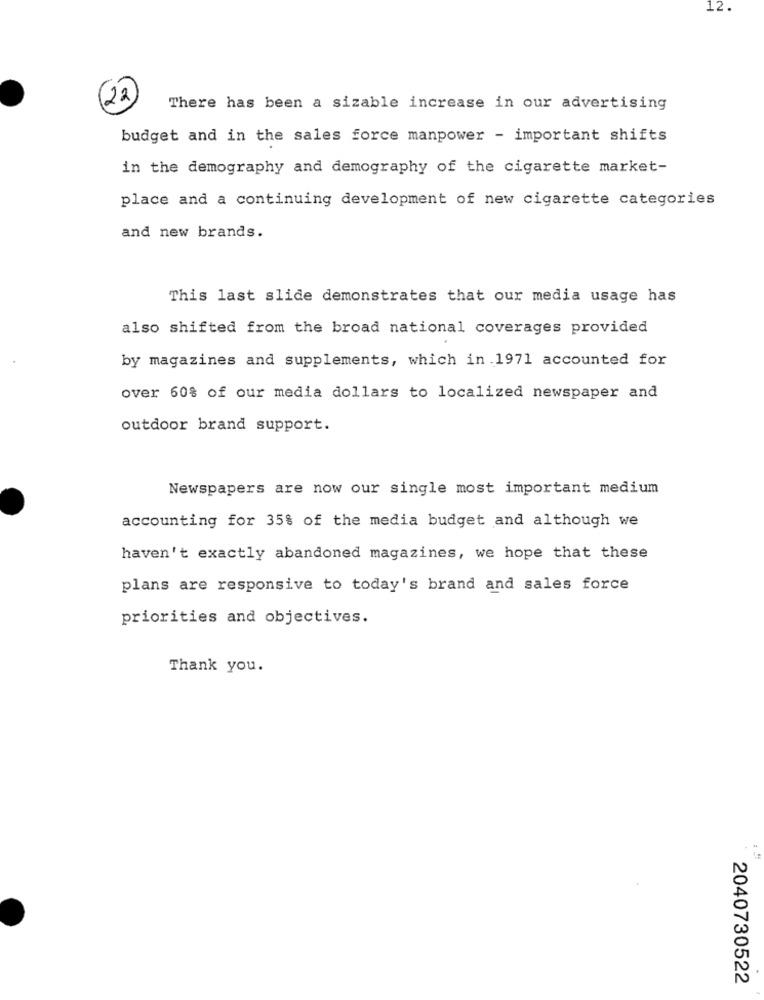
12.
(22)
There has been a sizable increase in our advertising
budget and in the sales force manpower - important shifts
in the demography and demography of the cigarette market-
place and a continuing development of new cigarette categories
and new brands.
This last slide demonstrates that our media usage has
also shifted from the broad national coverages provided
by magazines and supplements, which in 1971 accounted for
over 60% of our media dollars to localized newspaper and
outdoor brand support.
Newspapers are now our single most important medium
accounting for 35% of the media budget and although we
haven't exactly abandoned magazines, we hope that these
plans are responsive to today's brand and sales force
priorities and objectives.
Thank you.
2040730522